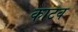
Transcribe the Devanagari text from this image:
काटव